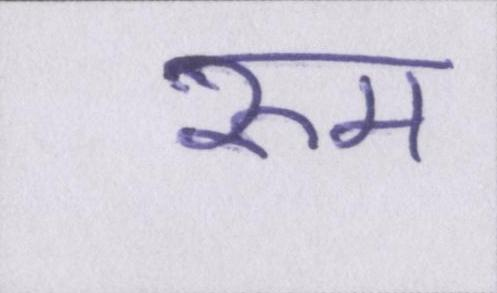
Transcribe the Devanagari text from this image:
रुम